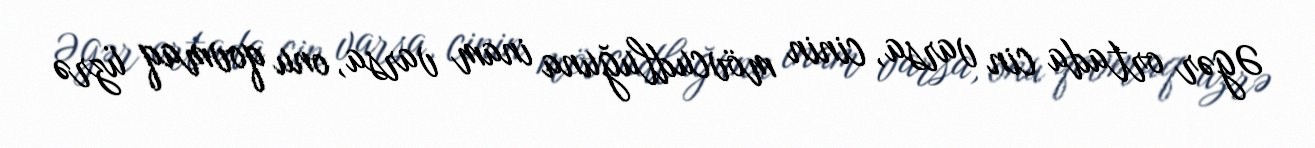
Əgər ortada cin varsa, cinin mövcudluğuna inam varsa, onu qovmaq üzrə